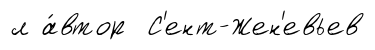
л а́втор С'ент-Жен'евьев